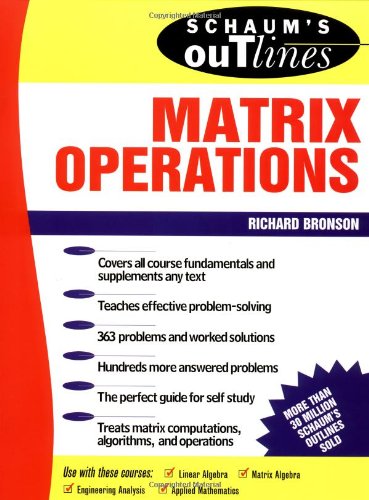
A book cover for Schaum's Outline of Theory and Problems of Matrix Operations; Richard Bronson; Science & Math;